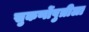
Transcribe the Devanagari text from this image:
सुकर्णोपुत्रीला